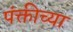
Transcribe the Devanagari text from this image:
पंक्तीच्या